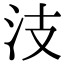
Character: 汥